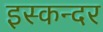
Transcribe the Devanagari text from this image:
इस्कन्दर